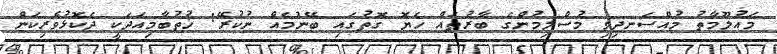
މައުލޫމާތު މުއްސަނދިވި މުސްލިމުންގެ ބާރުތައް ހެޔޮ ގޮތުގައި ބޭނުމެއް ނުކުރޭ: ޚުތުބާމިއަދަކީ ދެކޮޅުވެރިކަން